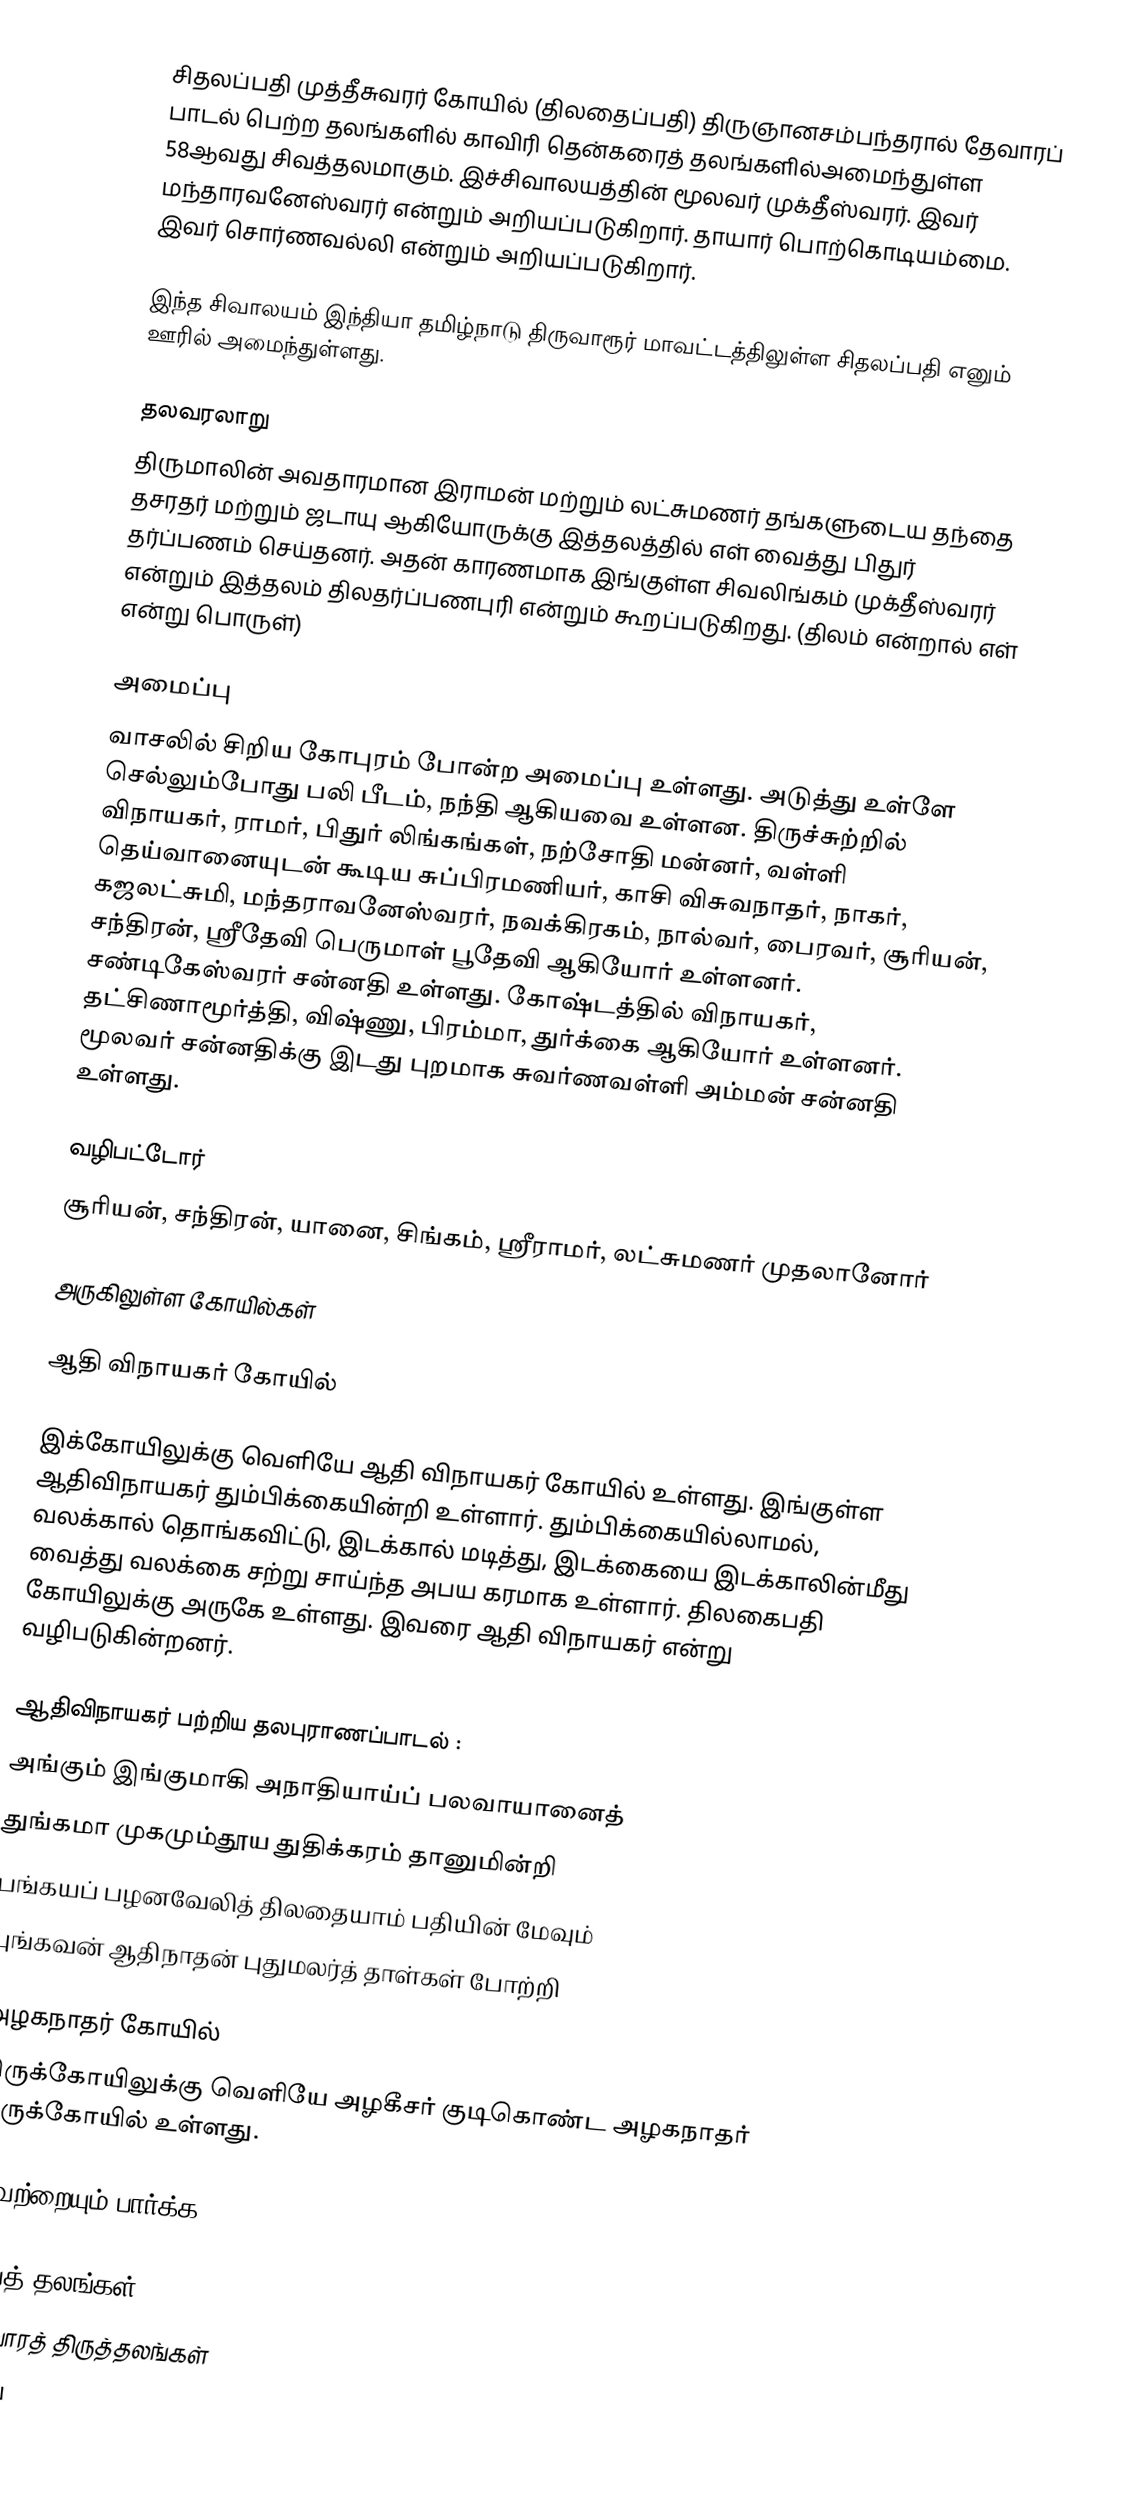
சிதலப்பதி முத்தீசுவரர் கோயில் (திலதைப்பதி) திருஞானசம்பந்தரால் தேவாரப் பாடல் பெற்ற தலங்களில் காவிரி தென்கரைத் தலங்களில்அமைந்துள்ள 58ஆவது சிவத்தலமாகும். இச்சிவாலயத்தின் மூலவர் முக்தீஸ்வரர். இவர் மந்தாரவனேஸ்வரர் என்றும் அறியப்படுகிறார். தாயார்  பொற்கொடியம்மை. இவர் சொர்ணவல்லி என்றும் அறியப்படுகிறார்.

இந்த சிவாலயம் இந்தியா தமிழ்நாடு திருவாரூர் மாவட்டத்திலுள்ள சிதலப்பதி எனும் ஊரில் அமைந்துள்ளது.

தலவரலாறு
திருமாலின் அவதாரமான இராமன் மற்றும் லட்சுமணர் தங்களுடைய தந்தை தசரதர் மற்றும் ஜடாயு ஆகியோருக்கு இத்தலத்தில் எள் வைத்து பிதுர் தர்ப்பணம் செய்தனர். அதன் காரணமாக இங்குள்ள சிவலிங்கம் முக்தீஸ்வரர் என்றும் இத்தலம் திலதர்ப்பணபுரி என்றும் கூறப்படுகிறது. (திலம் என்றால் எள் என்று பொருள்)

அமைப்பு
 வாசலில் சிறிய கோபுரம் போன்ற அமைப்பு உள்ளது. அடுத்து உள்ளே செல்லும்போது பலி பீடம், நந்தி ஆகியவை உள்ளன. திருச்சுற்றில் விநாயகர், ராமர், பிதுர் லிங்கங்கள், நற்சோதி மன்னர், வள்ளி தெய்வானையுடன் கூடிய சுப்பிரமணியர், காசி விசுவநாதர், நாகர், கஜலட்சுமி, மந்தராவனேஸ்வரர், நவக்கிரகம், நால்வர், பைரவர், சூரியன், சந்திரன், ஸ்ரீதேவி பெருமாள் பூதேவி ஆகியோர் உள்ளனர். சண்டிகேஸ்வரர் சன்னதி உள்ளது. கோஷ்டத்தில் விநாயகர், தட்சிணாமூர்த்தி, விஷ்ணு, பிரம்மா, துர்க்கை ஆகியோர் உள்ளனர். மூலவர் சன்னதிக்கு இடது புறமாக சுவர்ணவள்ளி அம்மன் சன்னதி உள்ளது.

வழிபட்டோர்
சூரியன், சந்திரன், யானை, சிங்கம், ஸ்ரீராமர், லட்சுமணர் முதலானோர்

அருகிலுள்ள கோயில்கள்

ஆதி விநாயகர் கோயில்

இக்கோயிலுக்கு வெளியே ஆதி விநாயகர் கோயில் உள்ளது. இங்குள்ள ஆதிவிநாயகர் தும்பிக்கையின்றி உள்ளார். தும்பிக்கையில்லாமல், வலக்கால் தொங்கவிட்டு, இடக்கால் மடித்து, இடக்கையை இடக்காலின்மீது வைத்து வலக்கை சற்று சாய்ந்த  அபய கரமாக உள்ளார். திலகைபதி கோயிலுக்கு அருகே உள்ளது. இவரை ஆதி விநாயகர் என்று வழிபடுகின்றனர்.

ஆதிவிநாயகர் பற்றிய தலபுராணப்பாடல் :
அங்கும் இங்குமாகி அநாதியாய்ப் பலவாயானைத்
துங்கமா முகமும்தூய துதிக்கரம் தானுமின்றி
பங்கயப் பழனவேலித் திலதையாம் பதியின் மேவும்
புங்கவன் ஆதிநாதன் புதுமலர்த் தாள்கள் போற்றி

அழகநாதர் கோயில்
திருக்கோயிலுக்கு வெளியே அழகீசர் குடிகொண்ட அழகநாதர் திருக்கோயில் உள்ளது.

இவற்றையும் பார்க்க

 சிவத் தலங்கள்
 தேவாரத் திருத்தலங்கள்
 மாவ